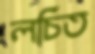
লচিত